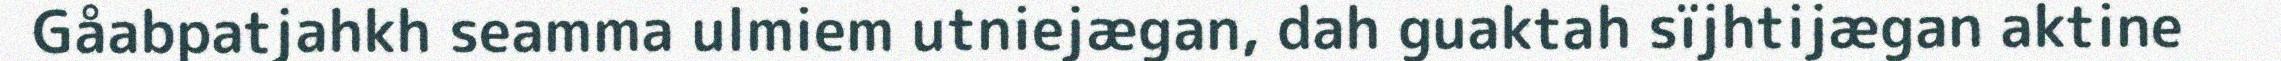
Gåabpatjahkh seamma ulmiem utniejægan, dah guaktah sïjhtijægan aktine